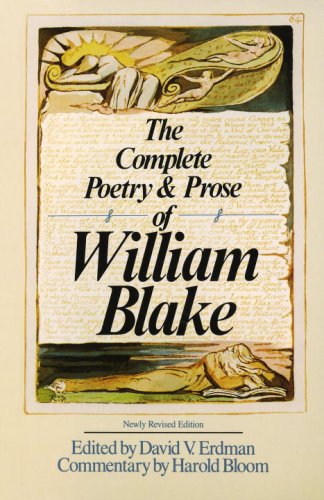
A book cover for The Complete Poetry & Prose of William Blake; William Blake; Literature & Fiction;